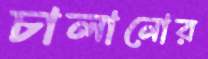
চালানোর